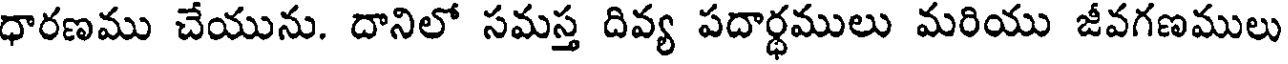
ధారణము చేయును. దానిలో సమస్త దివ్య పదార్ధములు మరియు జీవగణములు